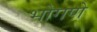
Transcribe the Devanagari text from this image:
भोगणे